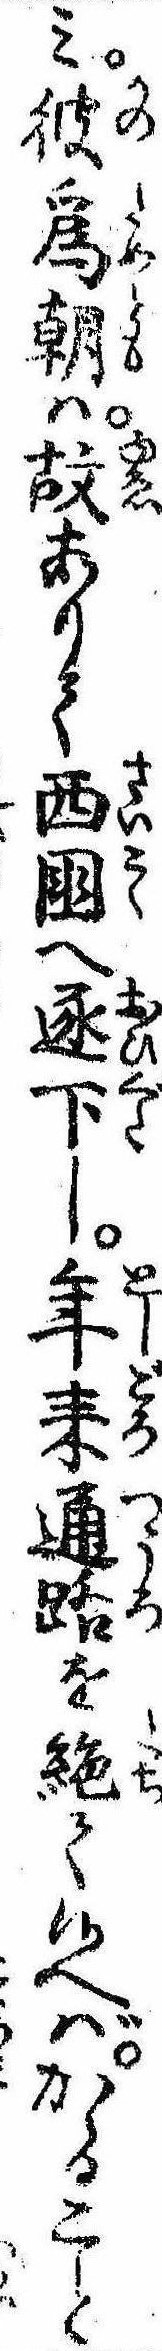
み彼為朝は故ありて西国へ逐下し年来通路を絶て候へばかゝること